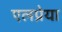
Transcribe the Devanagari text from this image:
एलप्रेया